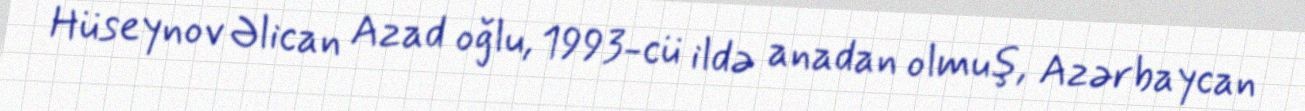
Hüseynov Əlican Azad oğlu, 1993-cü ildə anadan olmuş, Azərbaycan